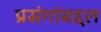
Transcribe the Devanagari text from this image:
प्रसंगांबद्दल